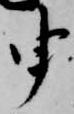
申